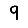
Digit: 9